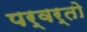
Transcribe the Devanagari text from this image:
पर्वर्तो